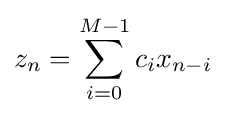
z_{n}=\sum _{i=0}^{M-1}c_{i}x_{n-i}